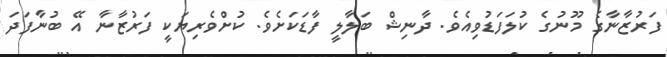
ފަރުޒާނާގެ މޫނުގެ ކުލަފަޑުވިއެވެ. ދާނިޝް ބަލާލީ ފާޑަކަށެވެ. ކުށްވެރިޔަކީ ފަރުޒާނާ އޭ ބުނާފަދަ